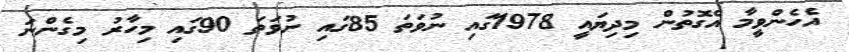
އެހެންވީމާ އެގޮތުން މިދިޔައީ 1978ގައި ނުވަތަ 85ގައި ނުވަތަ 90ގައި މިހާރު މިގެންނަ